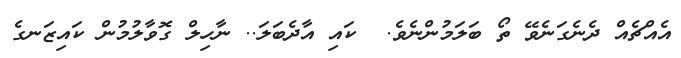
އެއްޗެއް ދެނެގަނެވޭ ތޯ ބަލަމުންނެވެ.  ކައި އާދެބަލަ.. ނާހިލް ގޮވާލުމުން ކައިޒަނގެ